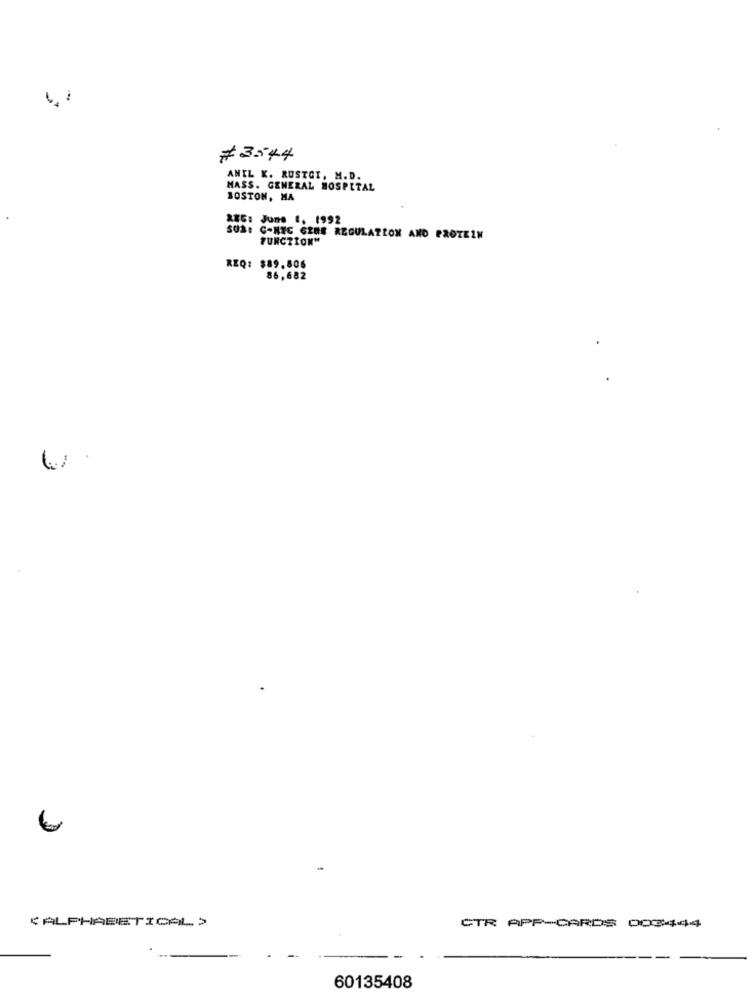
# 3544
ANIL K. RUSTGI, M.D.
MASS. GENERAL HOSPITAL
BOSTON, MA
XXC: June 1. 1992
SO2: C-NYC GEHE REGULATION AND PROTEIN
FUNCTION"
REQ: $89.806
86,682
6
< ALPHABETICAL >
CTR APP-CARDS 003444
60135408